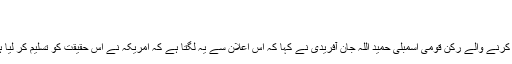
امریکی افواج کے انخلاء پر پاکستان میں ردعمل
جون 23, 2011
پارلیمنٹ میں قبائلی علاقے خیبر ایجنسی کی نمائندگی کرنے والے رکن قومی اسمبلی حمید اللہ جان آفریدی نے کہا کہ اس اعلان سے یہ لگتا ہے کہ امریکہ نے اس حقیقت کو تسلیم کر لیا ہے کہ صرف آپریشنز سے مسائل حل نہیں ہوتے ہیں ۔